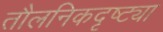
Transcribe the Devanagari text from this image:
तौलनिकदृष्ट्या